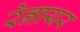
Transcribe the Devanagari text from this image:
रेनायर